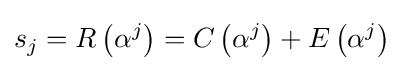
s_{j}=R\left(\alpha ^{j}\right)=C\left(\alpha ^{j}\right)+E\left(\alpha ^{j}\right)